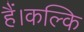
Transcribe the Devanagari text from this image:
हैं।कल्कि